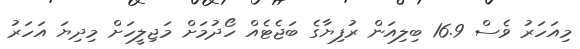
މިއަހަރު ވެސް 16.9 ބިލިއަން ރުފިޔާގެ ބަޖެޓެއް ހޯދުމަށް މަޖިލީހަށް މިދިޔަ އަހަރު